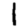
Digit: 1